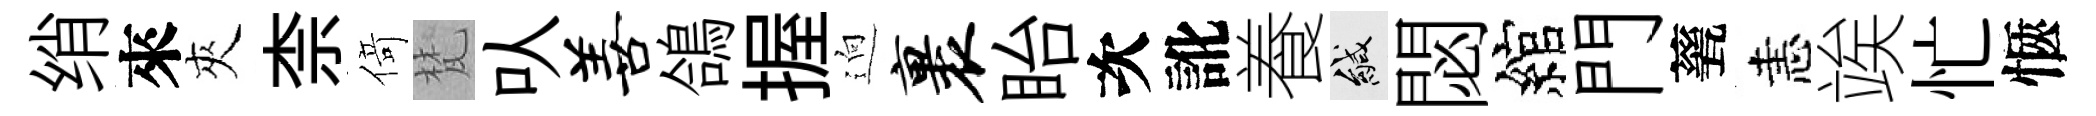
绡來夾柰𠋣梵㕥善鴿握逈裹眙次訛養緘閟綰門甆恚竢忙愜